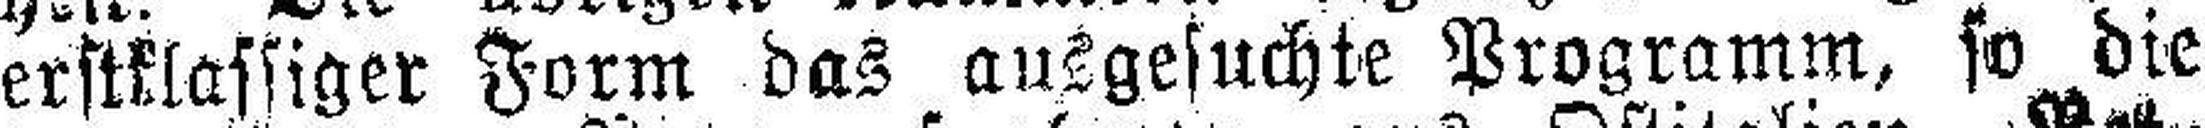
erstklassiger Form das ausgesuchte Programm, so die